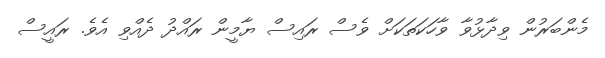
މެންބަރުން ވިދާޅުވާ ވާހަކަތަކަށް ވެސް ރައިސް ޔާމީން ރައްދު ދެއްވި އެވެ. ރައީސް